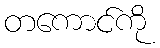
တကောင်ကို